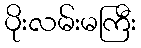
ပိုးလမ်းမကြီး